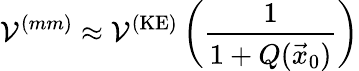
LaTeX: \mathcal{V}^{(mm)}\approx\mathcal{V}^{(\textrm{KE})}\left(\frac{1}{1+Q(\vec{x}_{0})}\right)